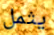
يثمل